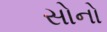
સોનો